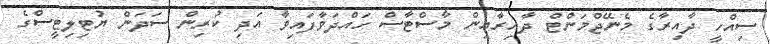
ސިއްހީ ދާއިރާގެ މެނޭޖްމަންޓް ދާއިރާއިން މާސްޓާސް ހައްދަވާފައިވާ އަދި ކުރިން ސަދަން ޔުޓިލިޓީސްގެ